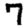
Digit: 7